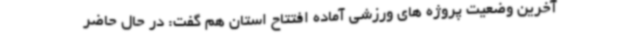
آخرین وضعیت پروژه های ورزشی آماده افتتاح استان هم گفت: در حال حاضر